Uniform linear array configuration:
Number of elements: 32
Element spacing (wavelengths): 0.75
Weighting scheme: blackman
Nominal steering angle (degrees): -15
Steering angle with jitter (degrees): -16.289
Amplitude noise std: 0.05
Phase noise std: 0.05

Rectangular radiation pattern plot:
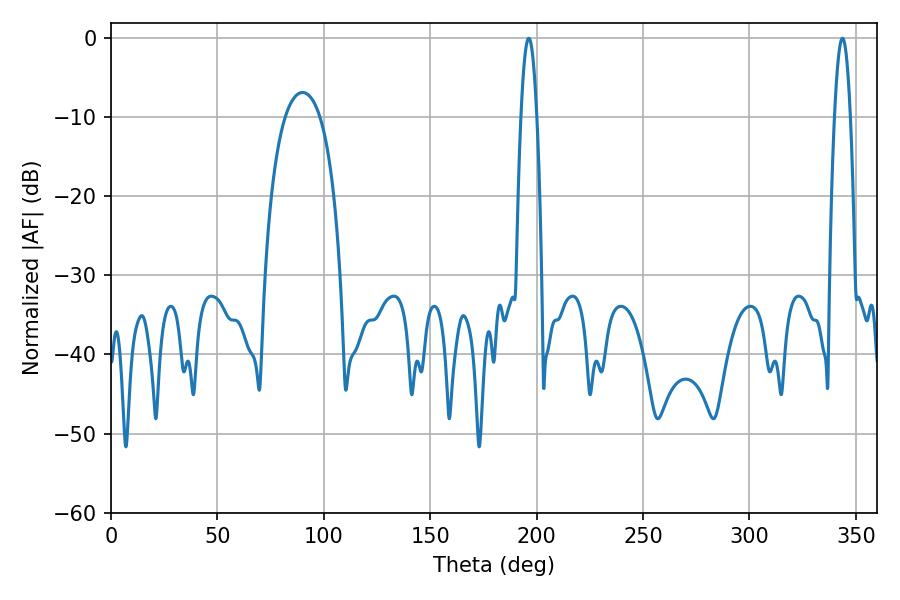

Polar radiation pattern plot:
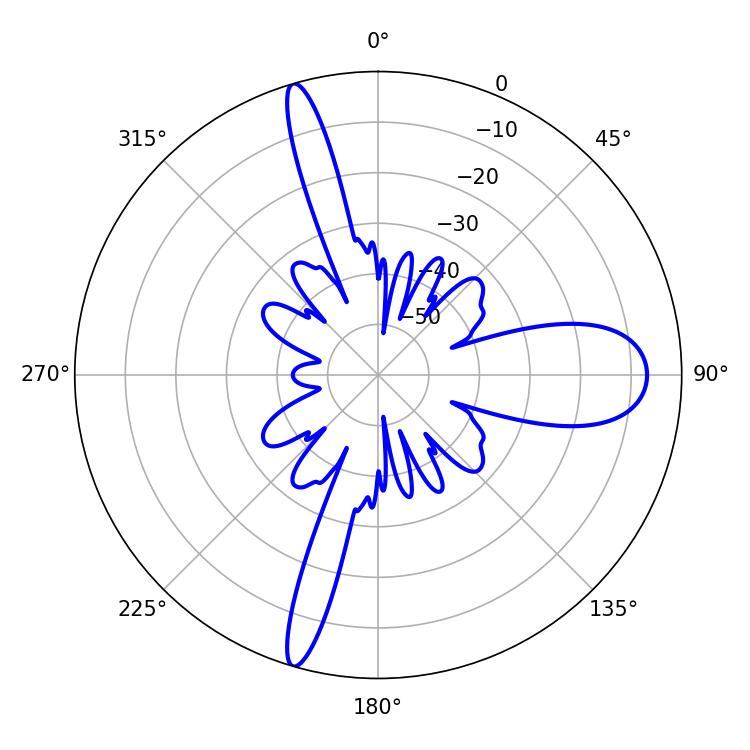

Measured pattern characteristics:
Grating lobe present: TRUE
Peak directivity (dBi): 21.265
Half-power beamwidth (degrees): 4.14
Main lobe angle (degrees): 343.62